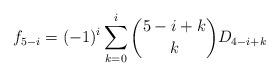
LaTeX: \begin{align*} f_{5-i}= (-1)^{i}\sum_{k=0}^{i}\binom{5-i+k}{k}D_{4-i+k}\end{align*}